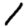
Digit: 1